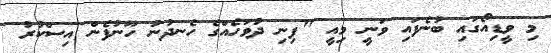
މި ވީޑިއޯގައި ބުނެފައި ވަނީ މިއީ "ފިނި ދުވަހެއްގެ ހެނދުނު ހޫނުފެން އިސްކުރު